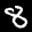
Label: 8